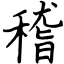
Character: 稽